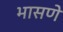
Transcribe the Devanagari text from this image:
भासणे